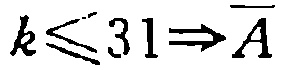
$k\leqslant 31\Rightarrow \overline{A}$